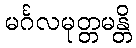
မင်္ဂလမုတ္တမန္တိ